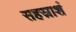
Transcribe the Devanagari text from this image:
सहस्राशं